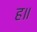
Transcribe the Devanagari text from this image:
ह॥